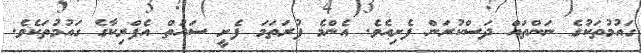
ގައުމުތަކުގެ ނަންތައް ދަސްކުރަން ފެށިއެވެ. އެންމެ ފުރަތަމަ ފެށީ ސައުތް އެފްރިކާގެ ގައުމުތަކެވެ.